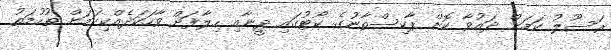
ރަސޫލު ކަމަށް ދައުވާ ކޮށް ޕާކިސްތާނުގެ ކޯޓުގައި ދީނާއި ހިލާފަށް ވާހަކަދެއްކިކަމަށް ތުހުމަތު